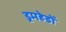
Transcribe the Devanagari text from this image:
ड्रमहेडों